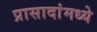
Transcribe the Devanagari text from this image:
प्रासादांमध्ये